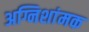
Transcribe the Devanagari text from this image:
अग्निशांमक